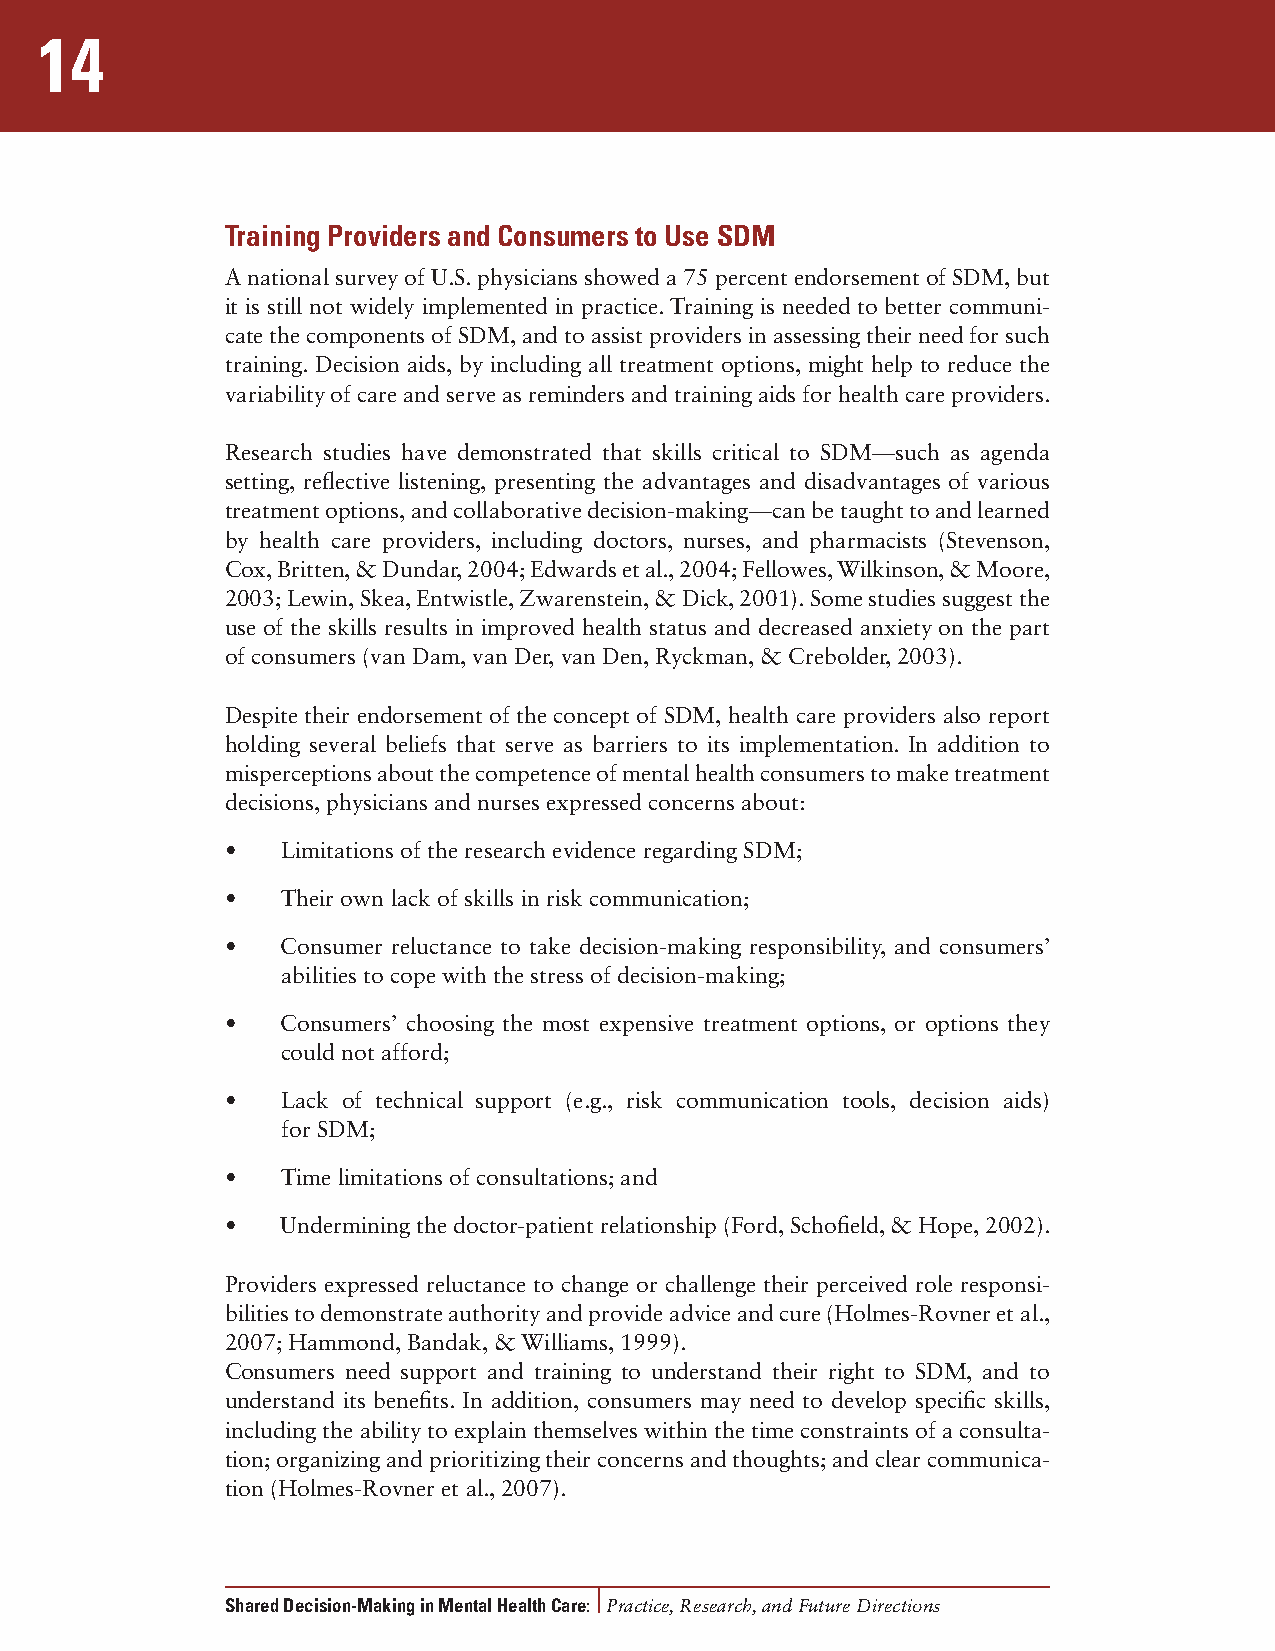
14
 Training Providers and Consumers to Use SDM
 A national survey of U.S. physicians showed a 75 percent endorsement of SDM, but
 it is still not widely implemented in practice. Training is needed to better communi-
 cate the components of SDM, and to assist providers in assessing their need for such
 training. Decision aids, by including all treatment options, might help to reduce the
 variability of care and serve as reminders and training aids for health care providers.
 Research studies have demonstrated that skills critical to SDM—such as agenda
 setting, reflective listening, presenting the advantages and disadvantages of various
 treatment options, and collaborative decision-making—can be taught to and learned
 by health care providers, including doctors, nurses, and pharmacists (Stevenson,
 Cox, Britten, & Dundar, 2004; Edwards et al., 2004; Fellowes, Wilkinson, & Moore,
 2003; Lewin, Skea, Entwistle, Zwarenstein, & Dick, 2001). Some studies suggest the
 use of the skills results in improved health status and decreased anxiety on the part
 of consumers (van Dam, van Der, van Den, Ryckman, & Crebolder, 2003).
 Despite their endorsement of the concept of SDM, health care providers also report
 holding several beliefs that serve as barriers to its implementation. In addition to
 misperceptions about the competence of mental health consumers to make treatment
 decisions, physicians and nurses expressed concerns about:
 •   Limitations of the research evidence regarding SDM;
 •   Their own lack of skills in risk communication;
 •   Consumer reluctance to take decision-making responsibility, and consumers’
 abilities to cope with the stress of decision-making;
 •   Consumers’ choosing the most expensive treatment options, or options they
 could not afford;
 •   Lack of technical support (e.g., risk communication tools, decision aids)
 for SDM;
 •   Time limitations of consultations; and
 •   Undermining the doctor-patient relationship (Ford, Schofield, & Hope, 2002).
 Providers expressed reluctance to change or challenge their perceived role responsi-
 bilities to demonstrate authority and provide advice and cure (Holmes-Rovner et al.,
 2007; Hammond, Bandak, & Williams, 1999).
 Consumers need support and training to understand their right to SDM, and to
 understand its benefits. In addition, consumers may need to develop specific skills,
 including the ability to explain themselves within the time constraints of a consulta-
 tion; organizing and prioritizing their concerns and thoughts; and clear communica-
 tion (Holmes-Rovner et al., 2007).
 Shared Decision-Making in Mental Health Care: Practice, Research, and Future Directions